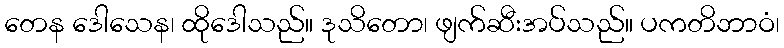
တေန ဒေါသေန၊ ထိုဒေါသည်။ ဒုသိတော၊ ဖျက်ဆီးအပ်သည်။ ပကတိဘာဝံ၊